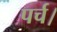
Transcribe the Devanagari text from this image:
पर्च।